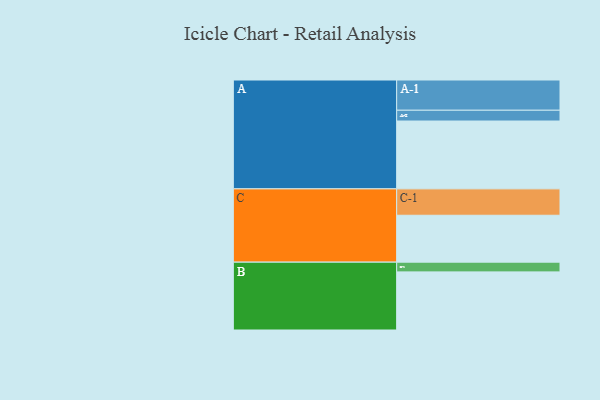
{"axis": {"x": "Segment", "y": "Value"}, "legend": ["", "A", "B", "C"], "data": [{"x": "A", "y": 496, "type": ""}, {"x": "B", "y": 425, "type": ""}, {"x": "C", "y": 343, "type": ""}, {"x": "A-1", "y": 221, "type": "A"}, {"x": "A-2", "y": 79, "type": "A"}, {"x": "B-1", "y": 71, "type": "B"}, {"x": "C-1", "y": 193, "type": "C"}]}